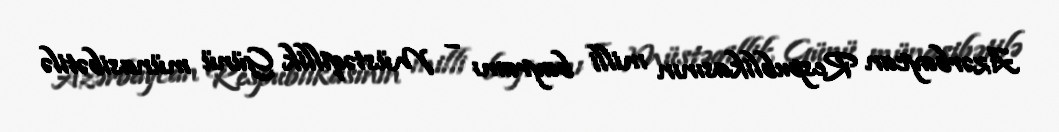
Azərbaycan Respublikasının milli bayramı – Müstəqillik Günü münasibətilə